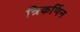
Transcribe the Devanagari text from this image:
त्रिकर्णिन